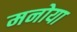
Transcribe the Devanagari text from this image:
मनोया